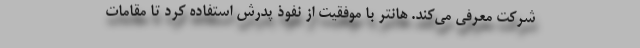
شرکت معرفی می‌کند. هانتر با موفقیت از نفوذ پدرش استفاده کرد تا مقامات